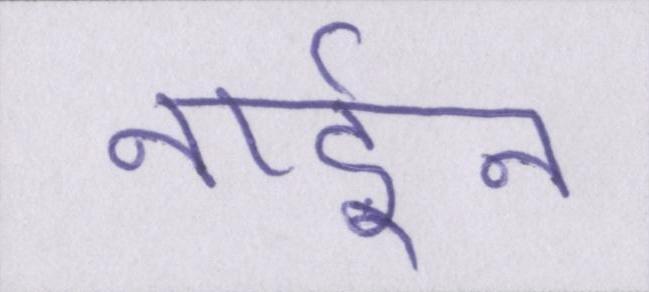
नाईन